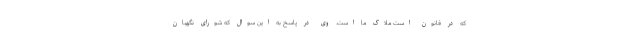
که در قانون است ملاک ما است. وی در پاسخ به این سوال که شورای نگهبان